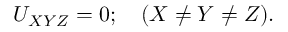
U _ { X Y Z } = 0 ; \quad ( X \ne Y \ne Z ) .